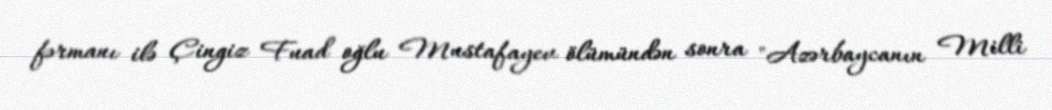
fərmanı ilə Çingiz Fuad oğlu Mustafayev ölümündən sonra "Azərbaycanın Milli